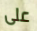
على